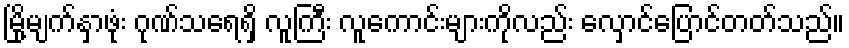
မြို့မျက်နှာဖုံး ဂုဏ်သရေရှိ လူကြီး လူကောင်းများကိုလည်း လှောင်ပြောင်တတ်သည်။